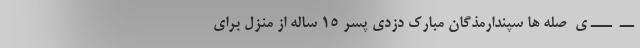
ــ  ـــ ی  صله ها سپندارمذگان مبارک دزدی پسر 15 ساله از منزل برای